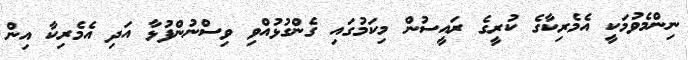
ނިންމެވުމަކީ އެމެރިކާގެ ކުރީގެ ރައީސުން މިކަމުގައި ގެންގުޅުއްވި ވިސްނުންފުޅާ އަދި އެމެރިކާ އިން